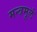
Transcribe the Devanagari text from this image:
मन्त्रमूलं